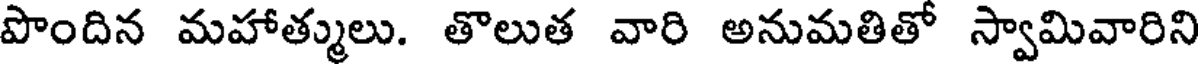
పొందిన మహాత్ములు. తొలుత వారి అనుమతితో స్వామివారిని